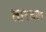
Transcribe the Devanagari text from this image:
तारवल